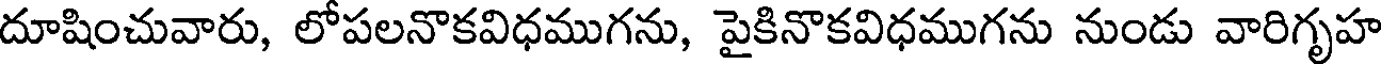
దూషించువారు, లోపలనొకవిధముగను, పైకినొకవిధముగను నుండు వారిగృహ